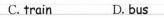
C.train D. bus